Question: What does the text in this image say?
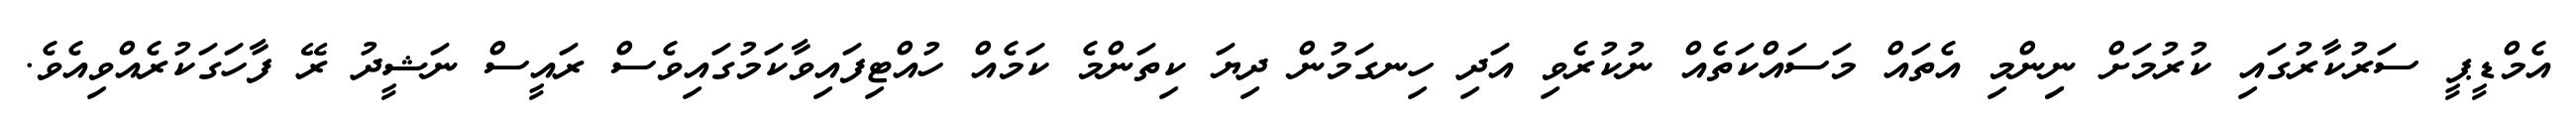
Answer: އެމްޑީޕީ ސަރުކާރުގައި ކުރުމަށް ނިިންމި އެތައް މަސައްކަތެއް ނުކުރެވި އަދި ހިނގަމުން ދިޔަ ކިތަންމެ ކަމެއް ހުއްޓިފައިވާކަމުގައިވެސް ރައީސް ނަޝީދު ރޭ ފާހަގަކުރެއްވިއެވެ.